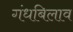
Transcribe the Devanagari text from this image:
गंधबिलाव